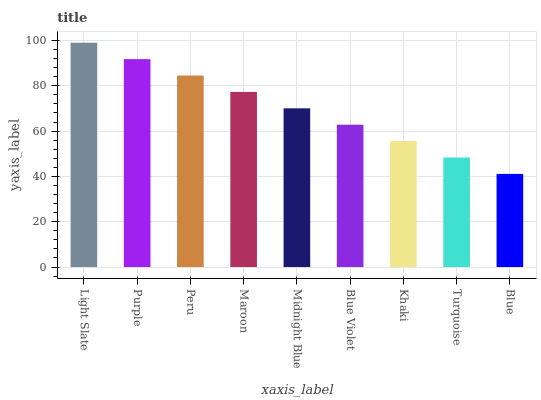
| xaxis_label | bars |
 | --- | --- |
 | Light Slate | 99 |
 | Purple | 91.8 |
 | Peru | 84.5 |
 | Maroon | 77.3 |
 | Midnight Blue | 70 |
 | Blue Violet | 62.8 |
 | Khaki | 55.6 |
 | Turquoise | 48.3 |
 | Blue | 41.1 |